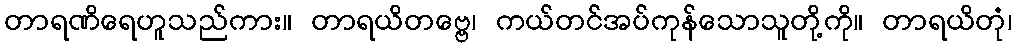
တာရဏိရေဟူသည်ကား။ တာရယိတဗ္ဗေ၊ ကယ်တင်အပ်ကုန်သောသူတို့ကို။ တာရယိတုံ၊